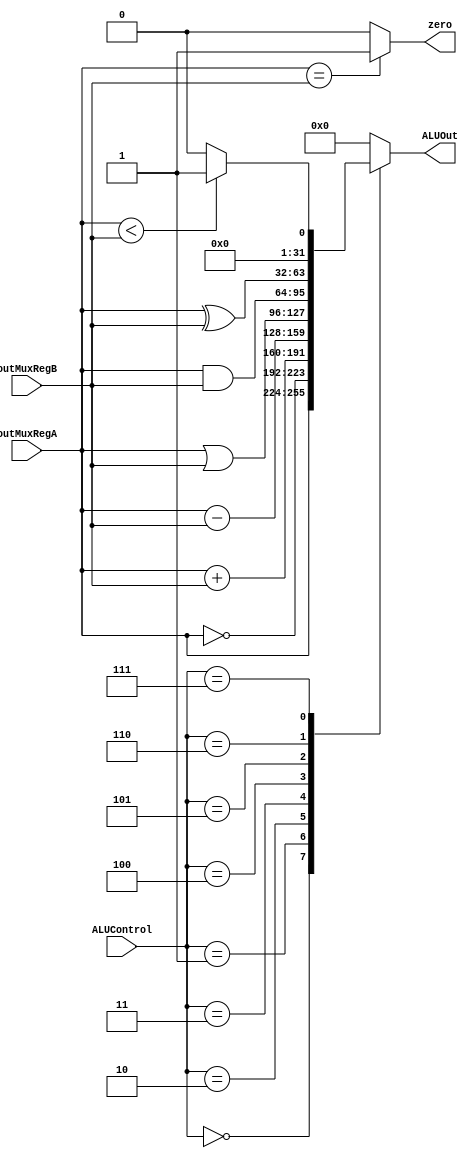
`timescale 1ps / 1ps
//////////////////////////////////////////////////////////////////////////////////
// Company: 
// Engineer: 
// 
// Design Name: 
// Module Name:    ALU 
// Project Name: 
// Target Devices: 
// Tool versions: 
// Description: 
//
// Dependencies: 
//
// Revision: 
// Revision 0.01 - File Created
// Additional Comments: 
//
//////////////////////////////////////////////////////////////////////////////////
module ALU(
	input [3:0] ALUControl, //4-bit select from control
	input [31:0] outMuxRegA, outMuxRegB, 
	output reg [31:0] ALUOut, //R1
	output reg zero
    );

	always @(ALUControl, outMuxRegA, outMuxRegB, zero)
		begin
			if(outMuxRegA == outMuxRegB) begin
				zero <= 1;end
			else begin
				zero <= 0;end
			
			case (ALUControl)
			4'b0000: ALUOut <= outMuxRegA; //mov
			4'b0001: ALUOut <= ~outMuxRegA; //not
			4'b0010: ALUOut <= outMuxRegA + outMuxRegB; //add
			4'b0011: ALUOut <= outMuxRegA - outMuxRegB; //sub
			4'b0100: ALUOut <= outMuxRegA | outMuxRegB; //or
			4'b0101: ALUOut <= outMuxRegA & outMuxRegB; //and
			4'b0110: ALUOut <= outMuxRegA ^ outMuxRegB; //xor
			4'b0111: begin //slt, R2<R3--R1=1, else R1=0
							ALUOut <= ($signed(outMuxRegA) < $signed(outMuxRegB)) ? 1 : 0;
						end
			default: ALUOut <= 0;
			endcase
		end

endmodule